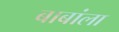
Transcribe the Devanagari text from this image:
बाबांला